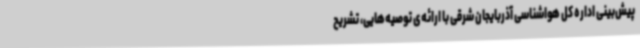
پیش‌بینی اداره کل هواشناسی آذربایجان شرقی با ارائه‌ی توصیه‌هایی، تشریح